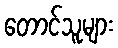
တောင်သူများ